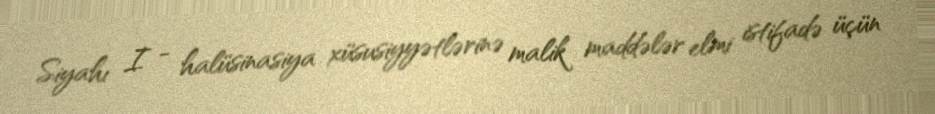
Siyahı I - halüsinasiya xüsusiyyətlərinə malik maddələr elmi istifadə üçün